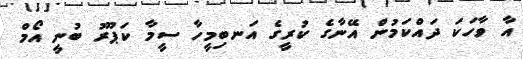
އާ ވާހަކަ ދައްކަމުން އޭނާގެ ކުރީގެ އަނބިމީހާ ސީމާ ކަޕޫރު ބުނީ އޯމް